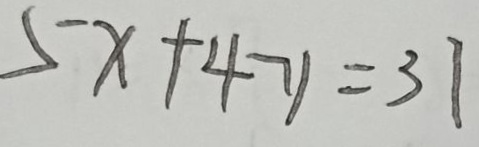
5 x + 4 y = 3 1